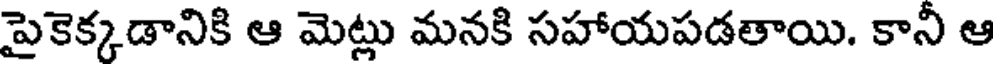
పైకెక్కడానికి ఆ మెట్లు మనకి సహాయపడతాయి. కానీ ఆ